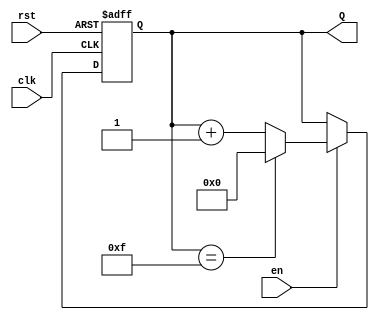
module synchronous_counter #(
    parameter WIDTH = 4  // Number of bits for the counter
)(
    input wire clk,       // Clock input
    input wire rst,       // Asynchronous reset input
    input wire en,        // Enable input
    output reg [WIDTH-1:0] Q // Counter output
);

    // Maximum count value
    localparam MAX_COUNT = (1 << WIDTH) - 1; // 2^WIDTH - 1

    // Always block for synchronous counting
    always @(posedge clk or posedge rst) begin
        if (rst) begin
            Q <= 0; // Reset the counter to 0
        end else if (en) begin
            if (Q == MAX_COUNT) begin
                Q <= 0; // Wrap around to 0 after reaching max count
            end else begin
                Q <= Q + 1; // Increment the counter
            end
        end
    end

endmodule